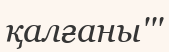
қалғаны'''